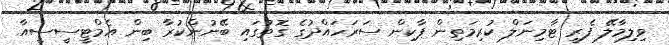
ވިލިމާލޭ ފެރީ ޓާމިނަލް ކުރިމަތިން ޕާކިން ސަރަހައްދުގެ ގޮތުގައި ބޭނުންކުރާ ބިން އެމްޓީސީސީއާ